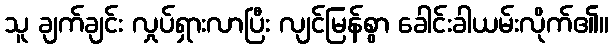
သူ ချက်ချင်း လှုပ်ရှားလာပြီး လျင်မြန်စွာ ခေါင်းခါယမ်းလိုက်၏။